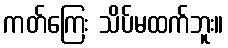
ကတ်ကြေး သိပ်မထက်ဘူး။